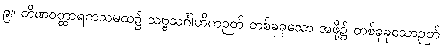
၉။ တိဏဝတ္ထာရကသမထ၌ သဗ္ဗသင်္ဂါဟိကဉတ် တစ်ခုခုသော အဖို့၌ တစ်ခုခုသောဉတ်